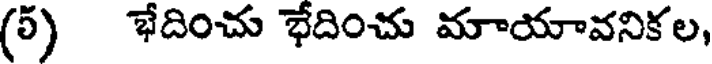
(5) భేదించు భేదించు మాయావనికల,